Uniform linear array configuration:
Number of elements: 32
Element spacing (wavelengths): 0.75
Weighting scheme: hamming
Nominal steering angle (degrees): -45
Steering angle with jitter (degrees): -45.799
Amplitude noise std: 0.05
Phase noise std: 0.05

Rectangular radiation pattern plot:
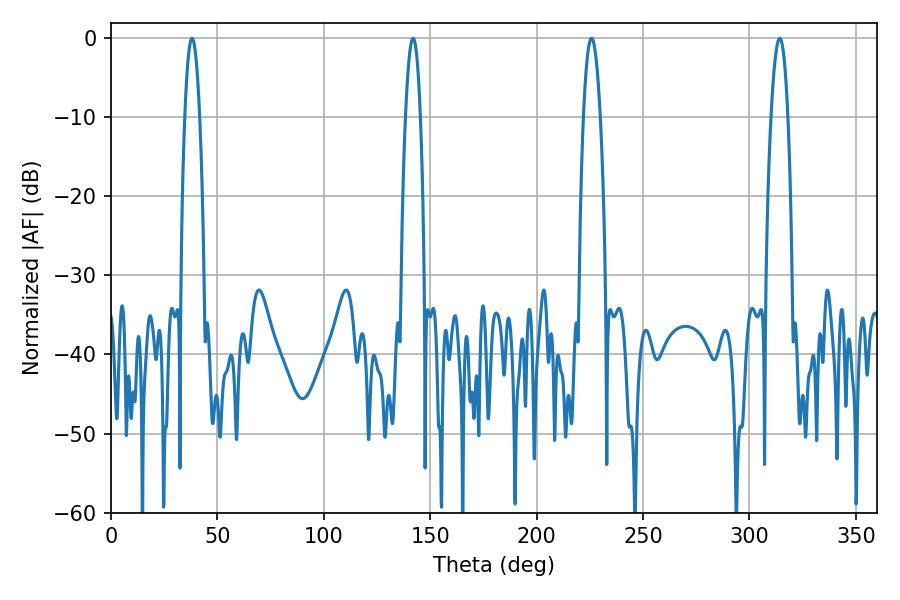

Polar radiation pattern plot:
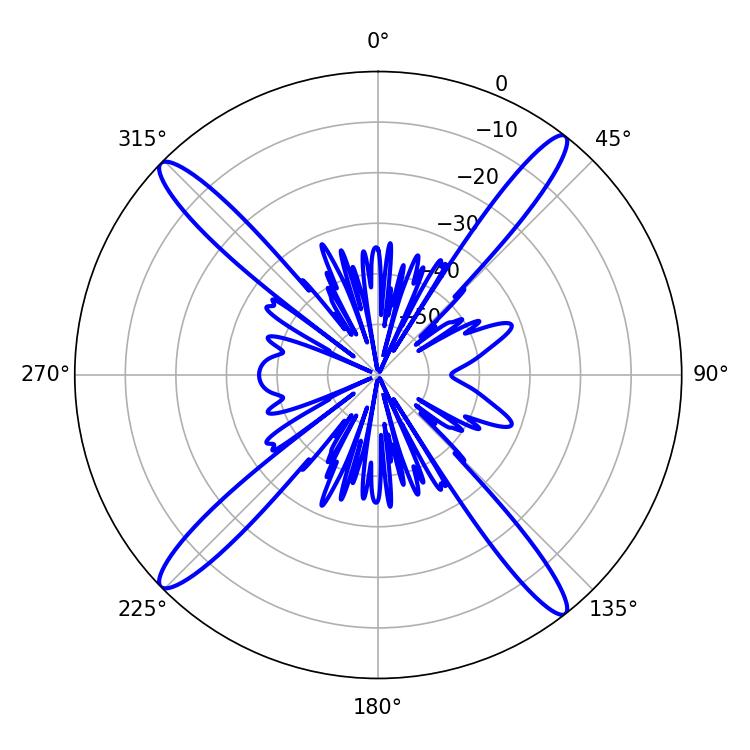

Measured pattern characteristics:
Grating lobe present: TRUE
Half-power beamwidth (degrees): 4.32
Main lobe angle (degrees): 225.72